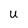
Character: U